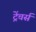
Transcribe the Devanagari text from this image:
ट्रेंचर्स